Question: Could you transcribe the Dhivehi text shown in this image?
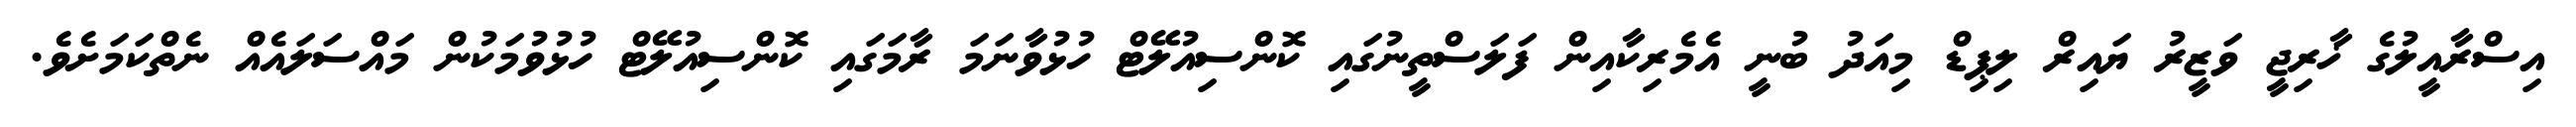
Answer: އިސްރާއީލުގެ ޚާރިޖީ ވަޒީރު ޔައިރް ލިޕިޑް މިއަދު ބުނީ އެމެރިކާއިން ފަލަސްތީނުގައި ކޮންސިއުލޭޓް ހުޅުވާނަމަ ރާމަގައި ކޮންސިއުލޭޓް ހުޅުވުމަކުން މައްސަލައެއް ނެތްކަމަށެވެ.